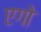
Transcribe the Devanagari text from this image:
एगो